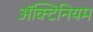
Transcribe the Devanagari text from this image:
अॅक्टिनियम